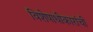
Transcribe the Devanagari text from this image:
विशेषाधीकारांची